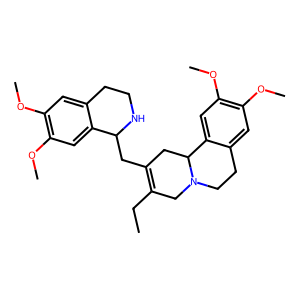
SMILES: CCC1=C(CC2NCCc3cc(OC)c(OC)cc32)CC2c3cc(OC)c(OC)cc3CCN2C1
Inhibits HIV replication: No